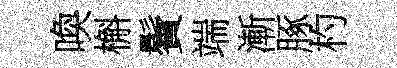
喚槲鬢端漸䐁杓